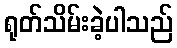
ရုတ်သိမ်းခဲ့ပါသည်